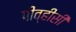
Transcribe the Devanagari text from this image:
पीव्हीसी